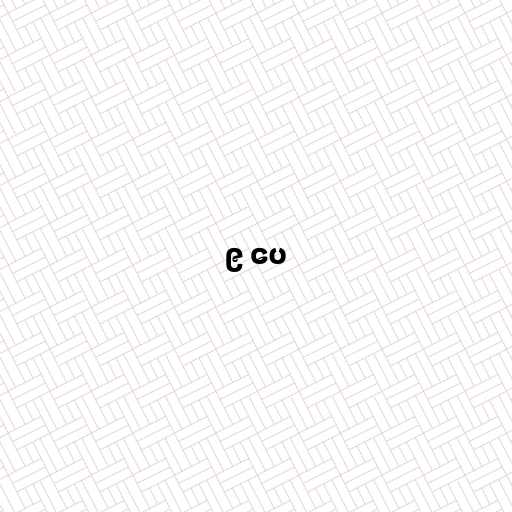
၉ ပေ